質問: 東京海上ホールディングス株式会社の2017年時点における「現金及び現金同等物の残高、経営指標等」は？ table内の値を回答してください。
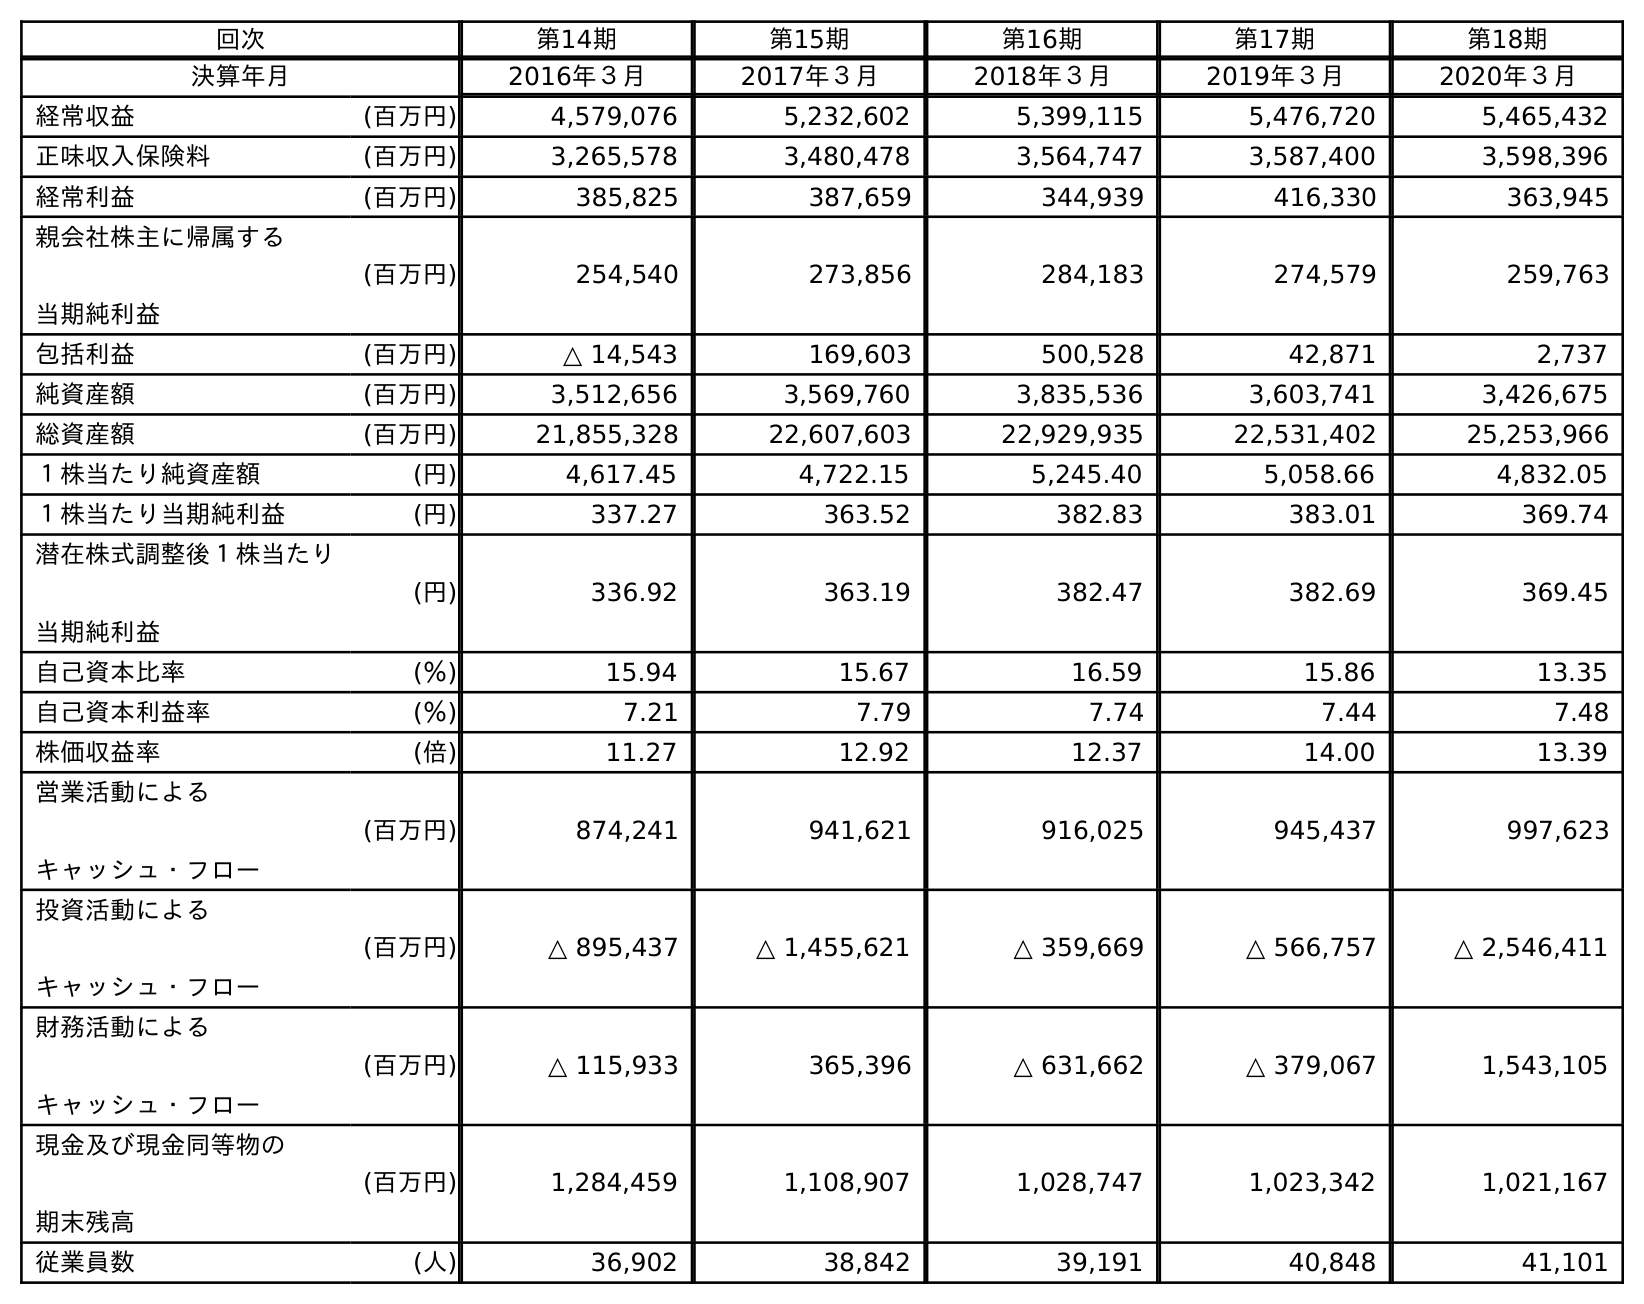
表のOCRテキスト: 回次 第14期 第15期 第16期 第17期 第18期 決算年月 2016年３月 2017年３月 2018年３月 2019年３月 2020年３月 経常収益 (百万円) 4,579,076 5,232,602 5,399,115 5,476,720 5,465,432 正味収入保険料 (百万円) 3,265,578 3,480,478 3,564,747 3,587,400 3,598,396 経常利益 (百万円) 385,825 387,659 344,939 416,330 363,945 親会社株主に帰属する 当期純利益 (百万円) 254,540 273,856 284,183 274,579 259,763 包括利益 (百万円) △ 14,543 169,603 500,528 42,871 2,737 純資産額 (百万円) 3,512,656 3,569,760 3,835,536 3,603,741 3,426,675 総資産額 (百万円) 21,855,328 22,607,603 22,929,935 22,531,402 25,253,966 １株当たり純資産額 (円) 4,617.45 4,722.15 5,245.40 5,058.66 4,832.05 １株当たり当期純利益 (円) 337.27 363.52 382.83 383.01 369.74 潜在株式調整後１株当たり 当期純利益 (円) 336.92 363.19 382.47 382.69 369.45 自己資本比率 (％) 15.94 15.67 16.59 15.86 13.35 自己資本利益率 (％) 7.21 7.79 7.74 7.44 7.48 株価収益率 (倍) 11.27 12.92 12.37 14.00 13.39 営業活動による キャッシュ・フロー (百万円) 874,241 941,621 916,025 945,437 997,623 投資活動による キャッシュ・フロー (百万円) △ 895,437 △ 1,455,621 △ 359,669 △ 566,757 △ 2,546,411 財務活動による キャッシュ・フロー (百万円) △ 115,933 365,396 △ 631,662 △ 379,067 1,543,105 現金及び現金同等物の 期末残高 (百万円) 1,284,459 1,108,907 1,028,747 1,023,342 1,021,167 従業員数 (人) 36,902 38,842 39,191 40,848 41,101
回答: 1,108,907